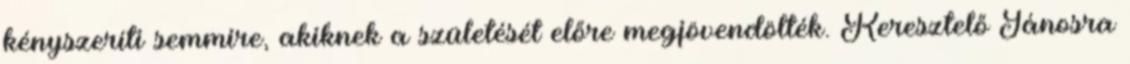
kényszeríti semmire, akiknek a születését előre megjövendölték. Keresztelő Jánosra